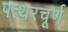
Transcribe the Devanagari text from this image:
पत्थरचूर्ण